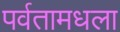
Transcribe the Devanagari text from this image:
पर्वतामधला